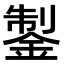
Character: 𨧳